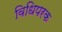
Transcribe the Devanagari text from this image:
विधिपरक